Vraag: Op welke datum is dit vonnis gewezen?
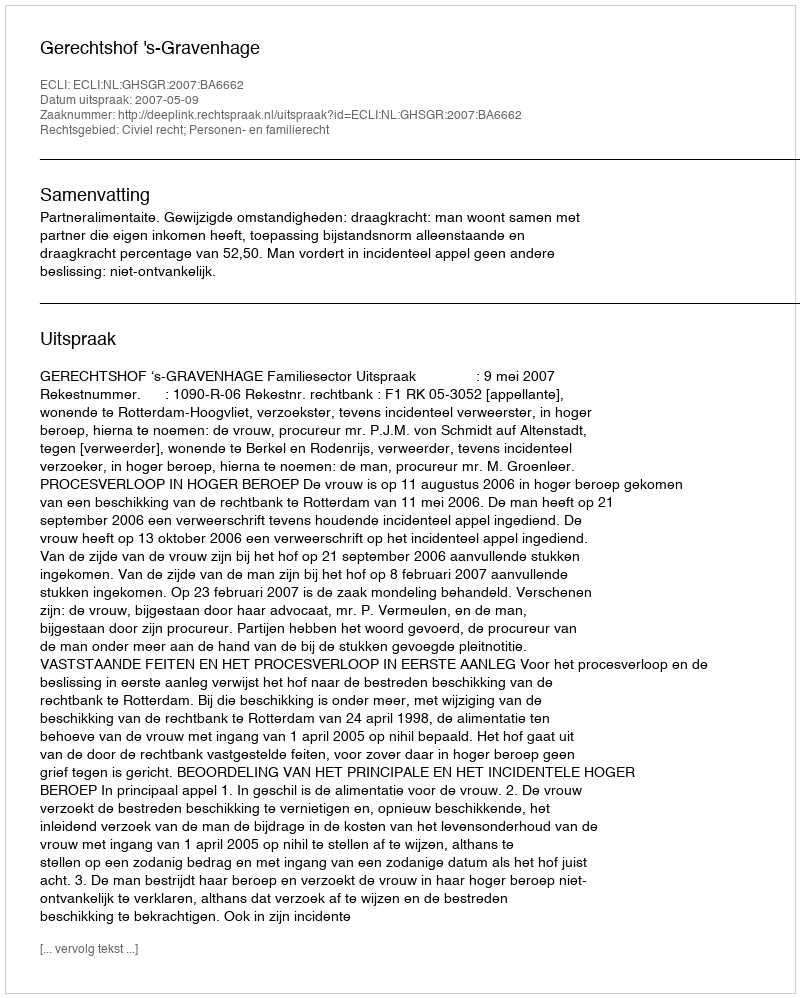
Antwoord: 2007-05-09